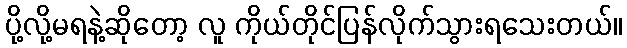
ပို့လို့မရနဲ့ဆိုတော့ လူ ကိုယ်တိုင်ပြန်လိုက်သွားရသေးတယ်။